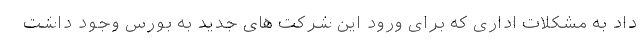
داد به مشکلات اداری که برای ورود این شرکت های جدید به بورس وجود داشت